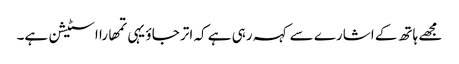
مجھے ہاتھ کے اشارے سے کہہ رہی ہے کہ اتر جاؤ یہی تمھارا اسٹیشن ہے۔